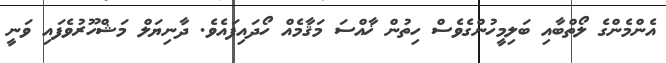
އެންމެންގެ ލޯތްބާއި ބަލިމީހުންގެވެސް ހިތުން ޚާއްސަ މަޤާމެއް ހޯދައިފައެވެ. ދާނިޔަލް މަޝްހޫރުވެފައި ވަނީ